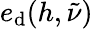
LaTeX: e_{\mathrm{d}}(h,\tilde{\nu})